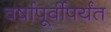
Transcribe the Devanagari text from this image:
वर्षापूर्वीपर्यंत